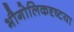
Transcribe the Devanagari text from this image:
भौगोलिकदृष्टया